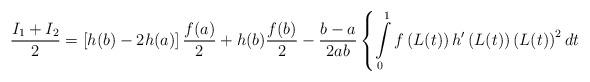
LaTeX: \begin{align*}\frac{I_{1}+I_{2}}{2}=\left[ h(b)-2h(a)\right] \frac{f(a)}{2}+h(b)\frac{f(b)}{2}-\frac{b-a}{2ab}\left\{ \int\limits_{0}^{1}f\left( L(t)\right) h^{\prime}\left( L(t)\right) \left( L(t)\right) ^{2}dt\right.\end{align*}